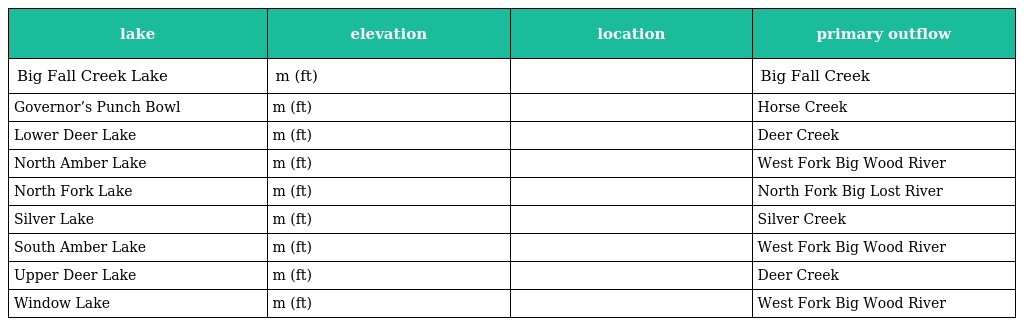
| lake | elevation | location | primary outflow |
 | --- | --- | --- | --- |
 | Big Fall Creek Lake | m (ft) |  | Big Fall Creek |
 | Governor’s Punch Bowl | m (ft) |  | Horse Creek |
 | Lower Deer Lake | m (ft) |  | Deer Creek |
 | North Amber Lake | m (ft) |  | West Fork Big Wood River |
 | North Fork Lake | m (ft) |  | North Fork Big Lost River |
 | Silver Lake | m (ft) |  | Silver Creek |
 | South Amber Lake | m (ft) |  | West Fork Big Wood River |
 | Upper Deer Lake | m (ft) |  | Deer Creek |
 | Window Lake | m (ft) |  | West Fork Big Wood River |